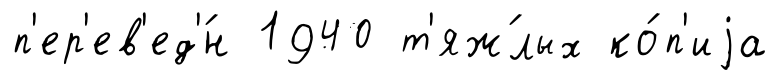
п'ер'ев'ед'́н 1940 т'яж́лых ко́п'иjа